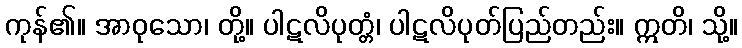
ကုန်၏။ အာဝုသော၊ တို့။ ပါဋလိပုတ္တံ၊ ပါဋလိပုတ်ပြည်တည်း။ ဣတိ၊ သို့။